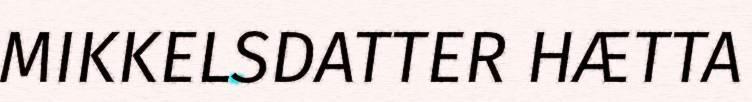
MIKKELSDATTER HÆTTA